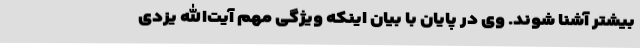
بیشتر آشنا شوند. وی در پایان با بیان اینکه ویژگی مهم آیت‌الله یزدی